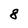
Character: 8